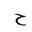
Letter: _ha